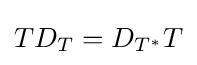
TD_{T}=D_{T^{*}}T